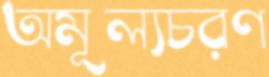
অমূল্যচরণ